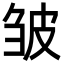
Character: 皱